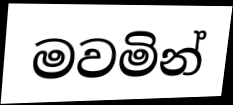
මවමින්